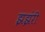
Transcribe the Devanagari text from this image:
झझंरी